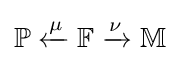
\mathbb {P} \xleftarrow {\mu } \mathbb {F} \xrightarrow {\nu } \mathbb {M}